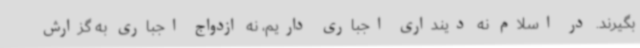
بگیرند. در اسلام نه دینداری اجباری داریم، نه ازدواج اجباری به گزارش